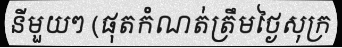
នីមួយៗ (ផុតកំណត់ត្រឹមថ្ងៃសុក្រ